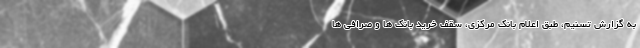
به گزارش تسنیم، طبق اعلام بانک مرکزی، سقف خرید بانک ها و صرافی ها